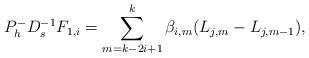
LaTeX: \begin{align*} P_h^{-}D_s^{-1}F_{1,i}=\sum_{m=k-2i+1}^{k}\beta_{i,m}(L_{j,m}-L_{j,m-1}),\end{align*}